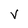
Character: v